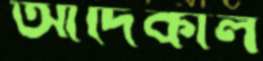
আদিকাল